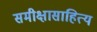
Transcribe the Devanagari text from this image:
समीक्षासाहित्य